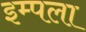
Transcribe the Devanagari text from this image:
इम्पला